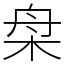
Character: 㭧